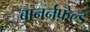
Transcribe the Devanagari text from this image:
बानर्नफ़ेल्ड